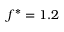
f ^ { * } = 1 . 2